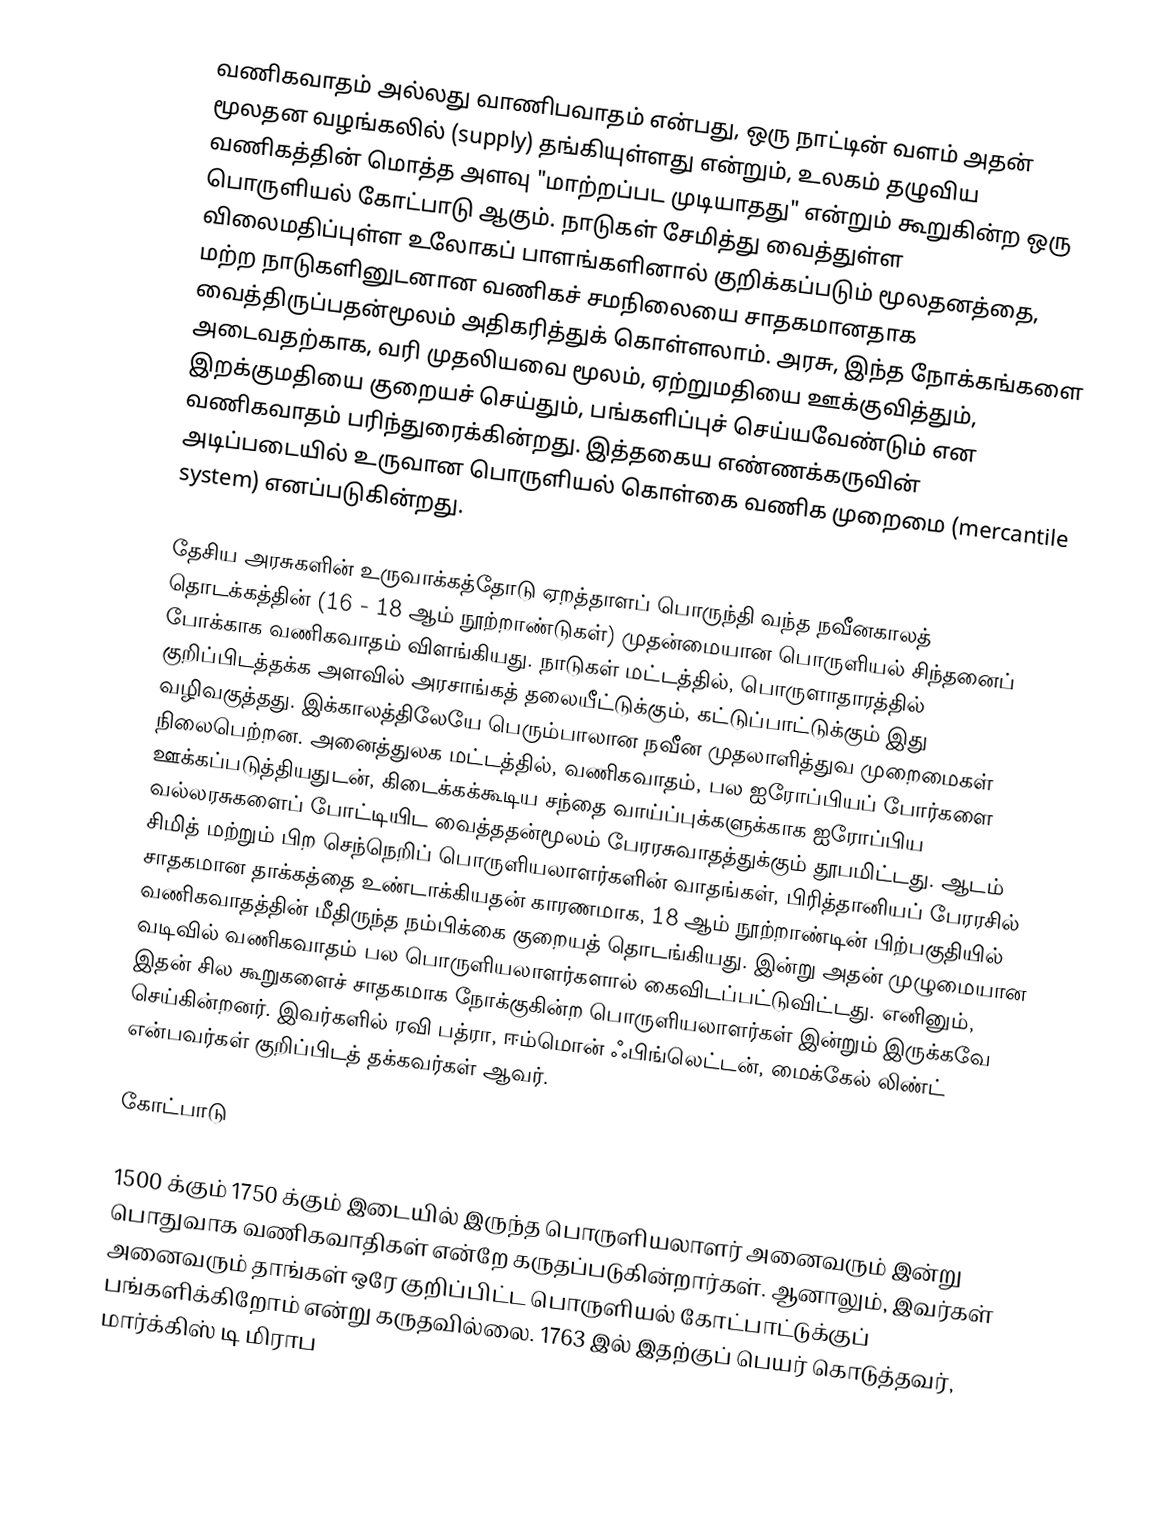
வணிகவாதம் அல்லது வாணிபவாதம் என்பது, ஒரு நாட்டின் வளம் அதன் மூலதன வழங்கலில் (supply) தங்கியுள்ளது என்றும், உலகம் தழுவிய வணிகத்தின் மொத்த அளவு "மாற்றப்பட முடியாதது" என்றும் கூறுகின்ற ஒரு பொருளியல் கோட்பாடு ஆகும். நாடுகள் சேமித்து வைத்துள்ள விலைமதிப்புள்ள உலோகப் பாளங்களினால் குறிக்கப்படும் மூலதனத்தை, மற்ற நாடுகளினுடனான வணிகச் சமநிலையை சாதகமானதாக வைத்திருப்பதன்மூலம் அதிகரித்துக் கொள்ளலாம். அரசு, இந்த நோக்கங்களை அடைவதற்காக, வரி முதலியவை மூலம், ஏற்றுமதியை ஊக்குவித்தும், இறக்குமதியை குறையச் செய்தும், பங்களிப்புச் செய்யவேண்டும் என வணிகவாதம் பரிந்துரைக்கின்றது. இத்தகைய எண்ணக்கருவின் அடிப்படையில் உருவான பொருளியல் கொள்கை வணிக முறைமை (mercantile system) எனப்படுகின்றது.

தேசிய அரசுகளின் உருவாக்கத்தோடு ஏறத்தாளப் பொருந்தி வந்த நவீனகாலத் தொடக்கத்தின் (16 - 18 ஆம் நூற்றாண்டுகள்) முதன்மையான பொருளியல் சிந்தனைப் போக்காக வணிகவாதம் விளங்கியது. நாடுகள் மட்டத்தில், பொருளாதாரத்தில் குறிப்பிடத்தக்க அளவில் அரசாங்கத் தலையீட்டுக்கும், கட்டுப்பாட்டுக்கும் இது வழிவகுத்தது. இக்காலத்திலேயே பெரும்பாலான நவீன முதலாளித்துவ முறைமைகள் நிலைபெற்றன. அனைத்துலக மட்டத்தில், வணிகவாதம், பல ஐரோப்பியப் போர்களை ஊக்கப்படுத்தியதுடன், கிடைக்கக்கூடிய சந்தை வாய்ப்புக்களுக்காக ஐரோப்பிய வல்லரசுகளைப் போட்டியிட வைத்ததன்மூலம் பேரரசுவாதத்துக்கும் தூபமிட்டது. ஆடம் சிமித் மற்றும் பிற செந்நெறிப் பொருளியலாளர்களின் வாதங்கள், பிரித்தானியப் பேரரசில் சாதகமான தாக்கத்தை உண்டாக்கியதன் காரணமாக, 18 ஆம் நூற்றாண்டின் பிற்பகுதியில் வணிகவாதத்தின் மீதிருந்த நம்பிக்கை குறையத் தொடங்கியது. இன்று அதன் முழுமையான வடிவில் வணிகவாதம் பல பொருளியலாளர்களால் கைவிடப்பட்டுவிட்டது. எனினும், இதன் சில கூறுகளைச் சாதகமாக நோக்குகின்ற பொருளியலாளர்கள் இன்றும் இருக்கவே செய்கின்றனர். இவர்களில் ரவி பத்ரா, ஈம்மொன் ஃபிங்லெட்டன், மைக்கேல் லிண்ட் என்பவர்கள் குறிப்பிடத் தக்கவர்கள் ஆவர்.

கோட்பாடு

1500 க்கும் 1750 க்கும் இடையில் இருந்த பொருளியலாளர் அனைவரும் இன்று பொதுவாக வணிகவாதிகள் என்றே கருதப்படுகின்றார்கள். ஆனாலும், இவர்கள் அனைவரும் தாங்கள் ஒரே குறிப்பிட்ட பொருளியல் கோட்பாட்டுக்குப் பங்களிக்கிறோம் என்று கருதவில்லை. 1763 இல் இதற்குப் பெயர் கொடுத்தவர், மார்க்கிஸ் டி மிராப